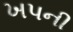
ખપની